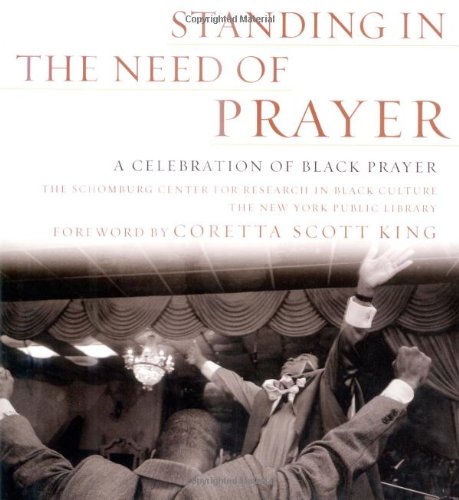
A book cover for Standing in the Need of Prayer: A Celebration of Black Prayer; Schomburg Ctr for Resrch in Black Cultur; Religion & Spirituality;